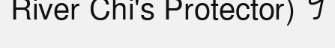
River Chi's Protector) ។